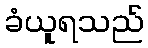
ခံယူရသည်